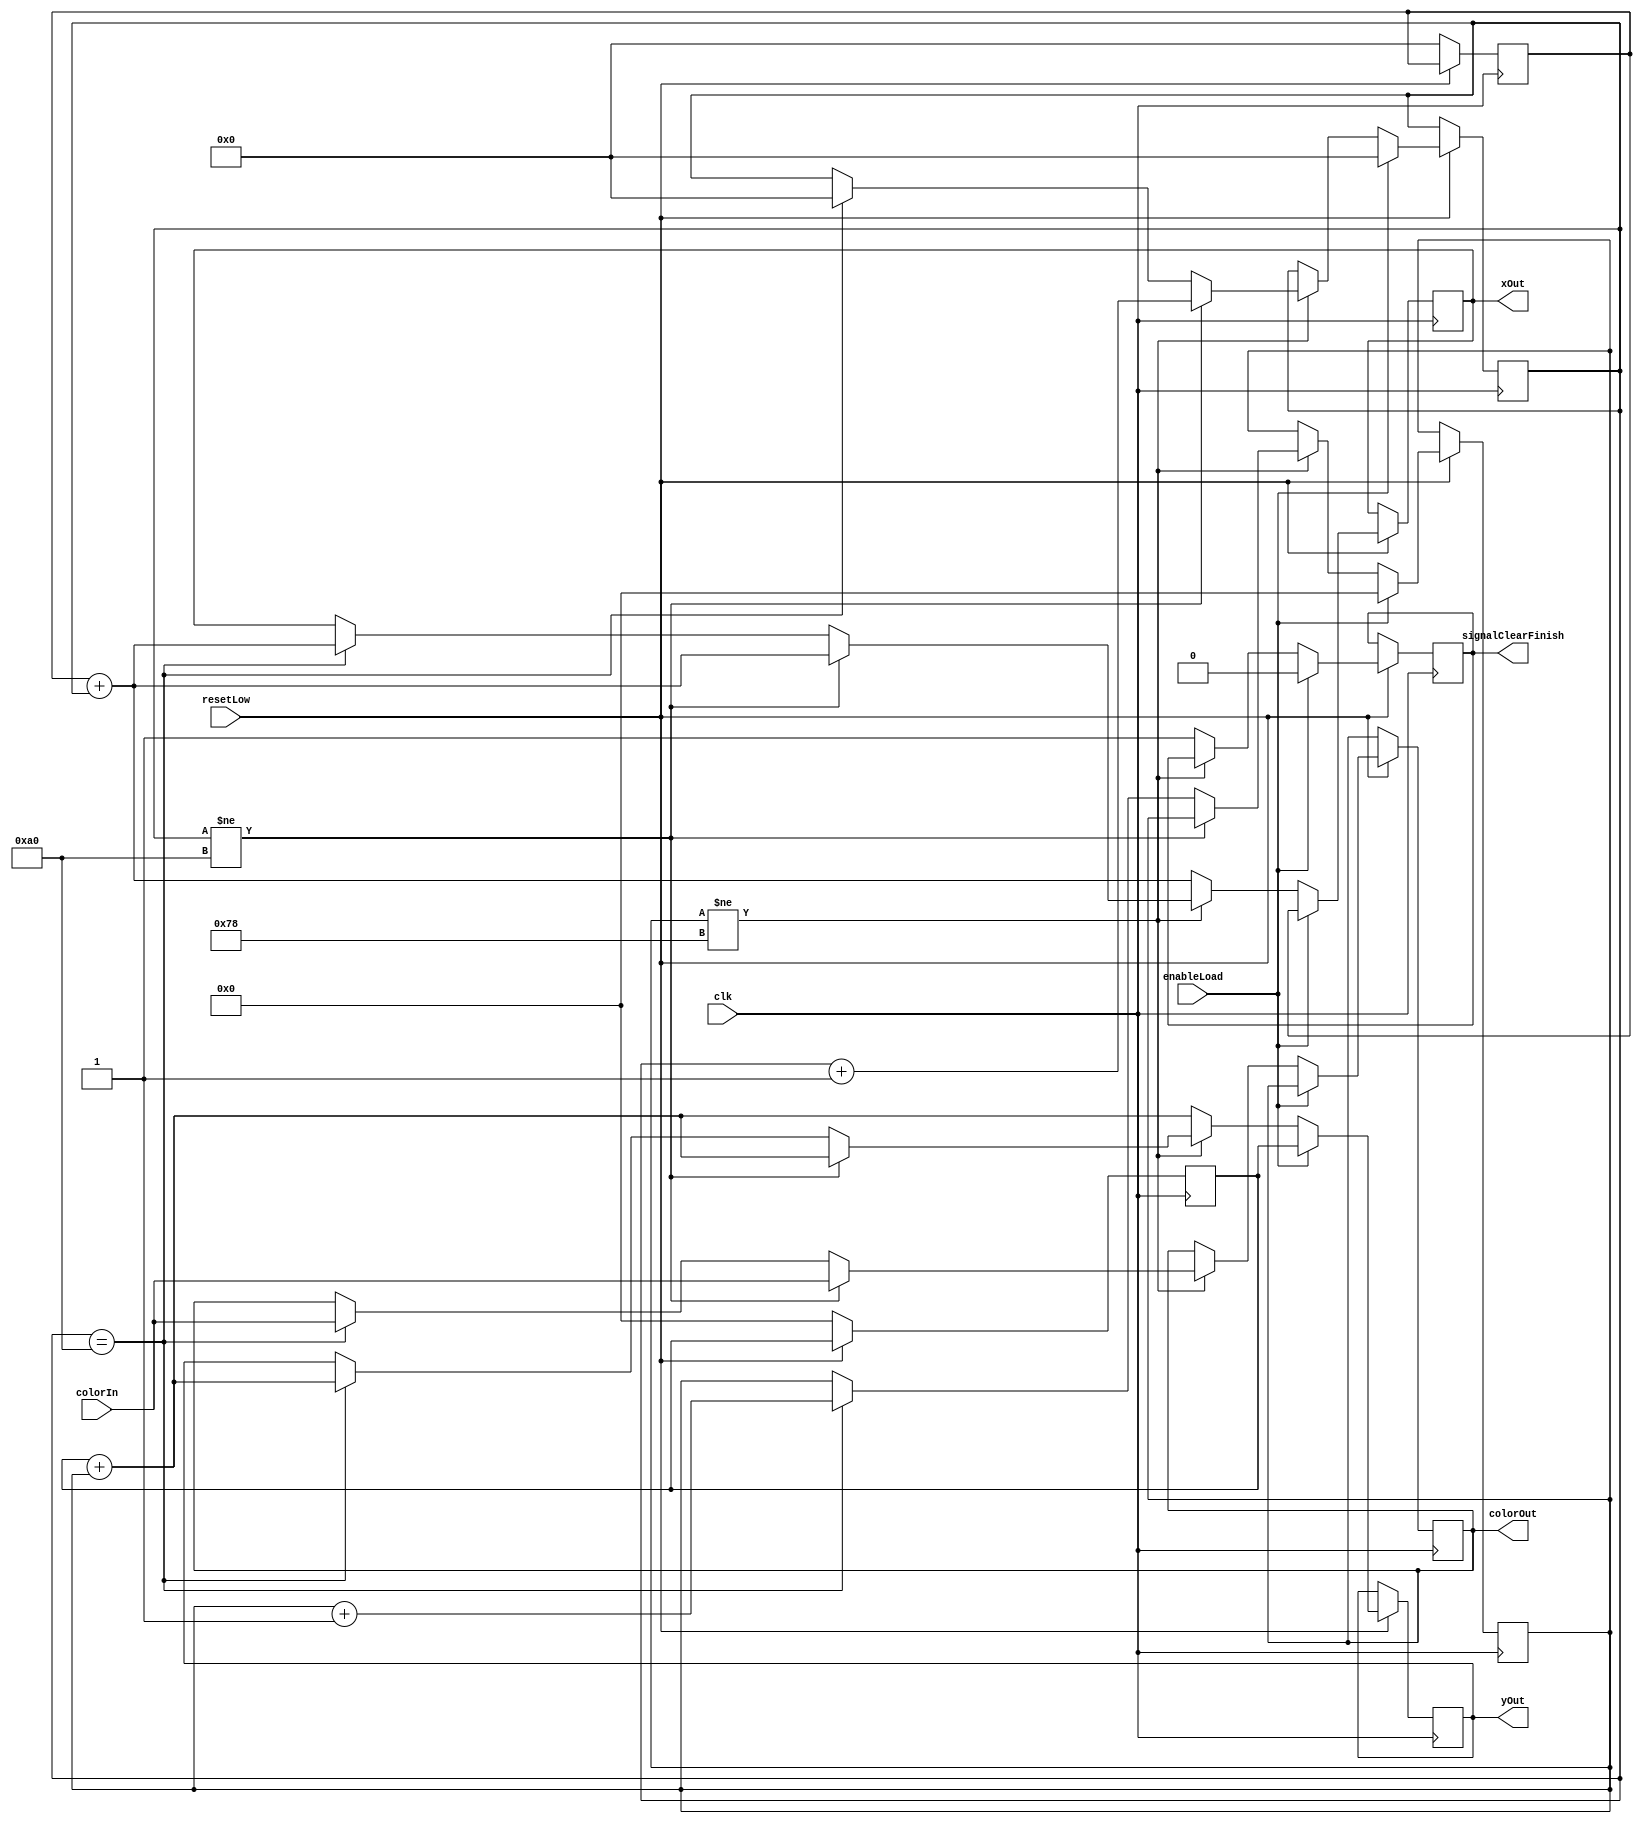
module blackScreenCalculator(colorIn, enableLoad, xOut, yOut, clk, resetLow, colorOut, signalClearFinish);

	input enableLoad;
	input clk;
	input resetLow;
	input [2:0] colorIn;
	
	output reg [7:0] xOut;
	output reg [6:0] yOut;
	output reg [2:0] colorOut;
	output reg signalClearFinish;
	
	reg [7:0] x;
	initial x = 8'd0;
	reg [6:0] y;
	initial y = 7'd0;
	reg [7:0] count_x;
	reg [6:0] count_y;
	
	always @(posedge clk)
	begin
		if (resetLow == 1'b0)
		begin
			x <= 8'd0;
			y <= 7'd0;
		end
		// Load in x and y (should be 0) and reset the count for plotting (pixel counting)
		else if (enableLoad == 1'b1)
		begin
			xOut <= x;
			yOut <= y;
			count_x <= 8'd0;
			count_y <= 7'd0;
			signalClearFinish <= 1'b0;
		end
		// Count all 160 X 120 pixels
		else	
		begin
			if (count_y != 7'd120)
			begin
				if (count_x != 8'd160)
				begin
					xOut <= x + count_x;
					yOut <= y + count_y;
					count_x <= count_x + 1'd1;
					colorOut <= colorIn;
					
				end
				//end up printing current line, move to next line
				else if (count_x == 8'd160)
				begin
					count_x <= 8'd0;
					xOut <= x + count_x;
					yOut <= y + count_y;
					count_y <= count_y + 1'd1;
					colorOut <= colorIn;
				end
			end
			//reaching the button line.
			else
			begin
				xOut <= x + count_x;
				yOut <= y + count_y;
				colorOut <= colorOut;
				signalClearFinish <= 1'b1;
			end
		end
	end

endmodule